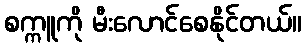
စက္ကူကို မီးလောင်စေနိုင်တယ်။